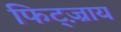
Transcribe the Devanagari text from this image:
फिट्ज़्राय